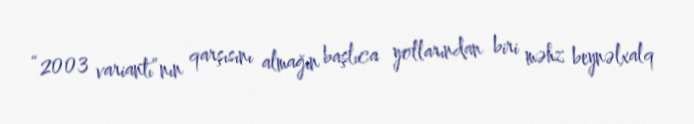
“2003 variantı”nın qarşısını almağın başlıca yollarından biri məhz beynəlxalq